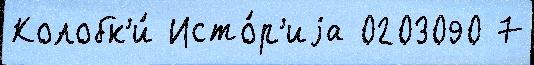
Колобк'и́ Исто́р'иjа 0203090 7